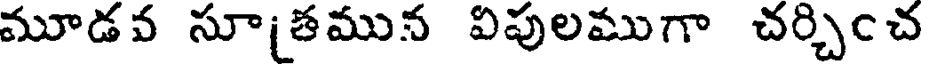
మూడవ సూ(తమున విపులముగా చర్చించ